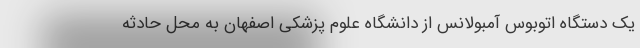
یک دستگاه اتوبوس آمبولانس از دانشگاه علوم پزشکی اصفهان به محل حادثه